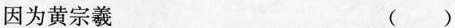
因为黄宗羲 ()